Second report of the anti-malarial operations at Mian Mir, 1901-1903 - Number 9
Year: 1901
Disease focus: Malaria
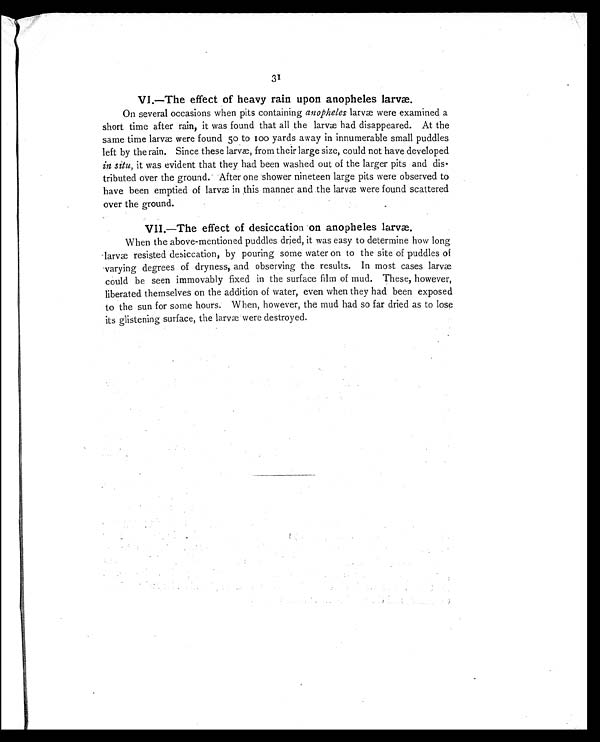
31
VI.—The effect of heavy rain upon anopheles larvæ.
On several occasions when pits containing anopheles larvæ were examined a
short time after rain, it was found that all the larvæ had disappeared. At the
same time larvæ were found 50 to 100 yards away in innumerable small puddles
left by the rain. Since these larvæ, from their large size, could not have developed
in situ, it was evident that they had been washed out of the larger pits and dis-
tributed over the ground. After one shower nineteen large pits were observed to
have been emptied of larvæ in this manner and the larvæ were found scattered
over the ground.
VII.—The effect of desiccation on anopheles larvæ.
When the above-mentioned puddles dried, it was easy to determine how long
larvæ resisted desiccation, by pouring some water on to the site of puddles of
varying degrees of dryness, and observing the results. In most cases larvæ
could be seen immovably fixed in the surface film of mud. These, however,
liberated themselves on the addition of water, even when they had been exposed
to the sun for some hours. When, however, the mud had so far dried as to lose
its glistening surface, the larvæ were destroyed.